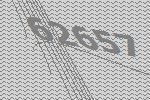
62657